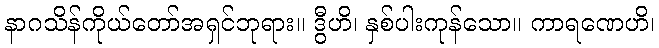
နာဂသိန်ကိုယ်တော်အရှင်ဘုရား။ ဒွီဟိ၊ နှစ်ပါးကုန်သော။ ကာရဏေဟိ၊